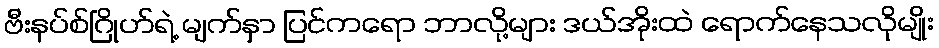
ဗီးနပ်စ်ဂြိုဟ်ရဲ့ မျက်နှာ ပြင်ကရော ဘာလို့များ ဒယ်အိုးထဲ ရောက်နေသလိုမျိုး